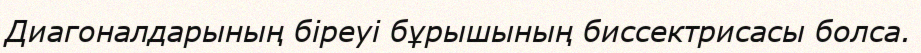
Диагоналдарының біреуі бұрышының биссектрисасы болса.